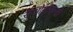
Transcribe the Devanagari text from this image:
सुओमुसाल्मी